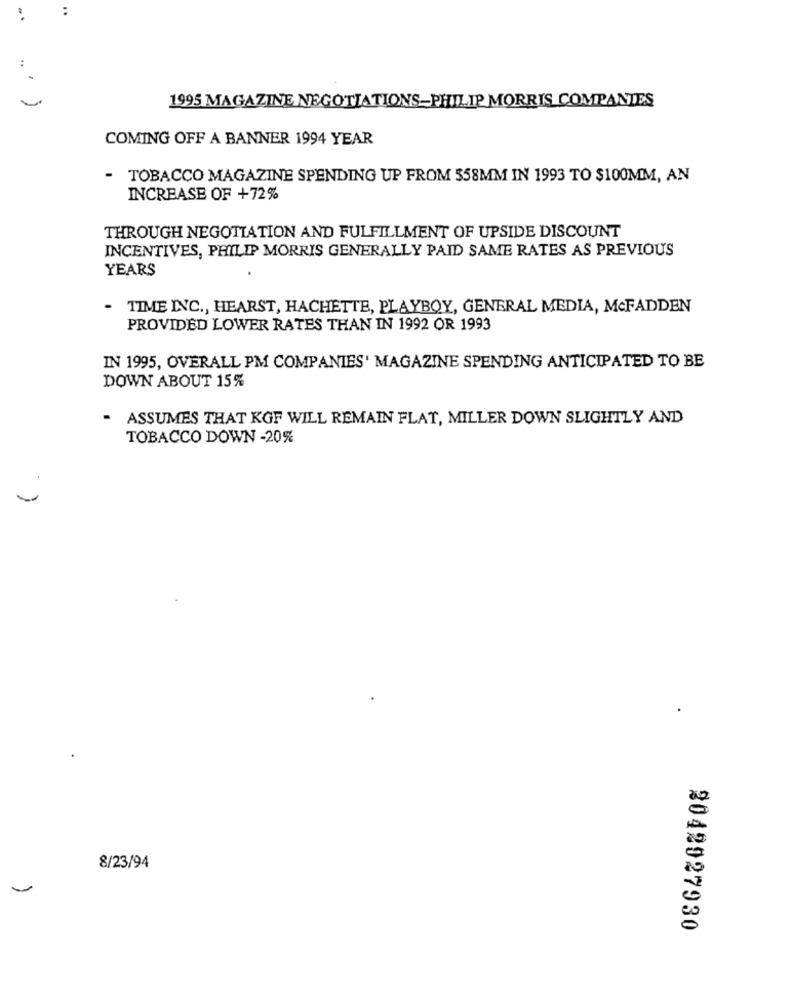
..
..
1995 MAGAZINE NEGOTIATIONS-PHILIP MORRIS COMPANIES
COMING OFF A BANNER 1994 YEAR
- TOBACCO MAGAZINE SPENDING UP FROM 558MM IN 1993 TO $100MM, AN
INCREASE OF +72%
THROUGH NEGOTIATION AND FULFILLMENT OF UPSIDE DISCOUNT
INCENTIVES, PHILIP MORRIS GENERALLY PAID SAME RATES AS PREVIOUS
YEARS
TIME INC ., HEARST, HACHETTE, PLAYBOY, GENERAL MEDIA, MCFADDEN
PROVIDED LOWER RATES THAN IN 1992 OR 1993
IN 1995, OVERALL PM COMPANIES' MAGAZINE SPENDING ANTICIPATED TO BE
DOWN ABOUT 15%
. ASSUMES THAT KGF WILL REMAIN FLAT, MILLER DOWN SLIGHTLY AND
TOBACCO DOWN -20%
8/23/94
-
2042027930